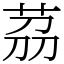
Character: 茘